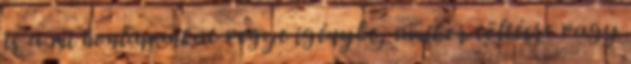
is a mi honlapunkat vegye igénybe, amikor töltésre vagy